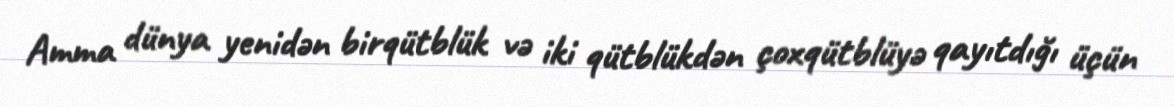
Amma dünya yenidən birqütblük və iki qütblükdən çoxqütblüyə qayıtdığı üçün